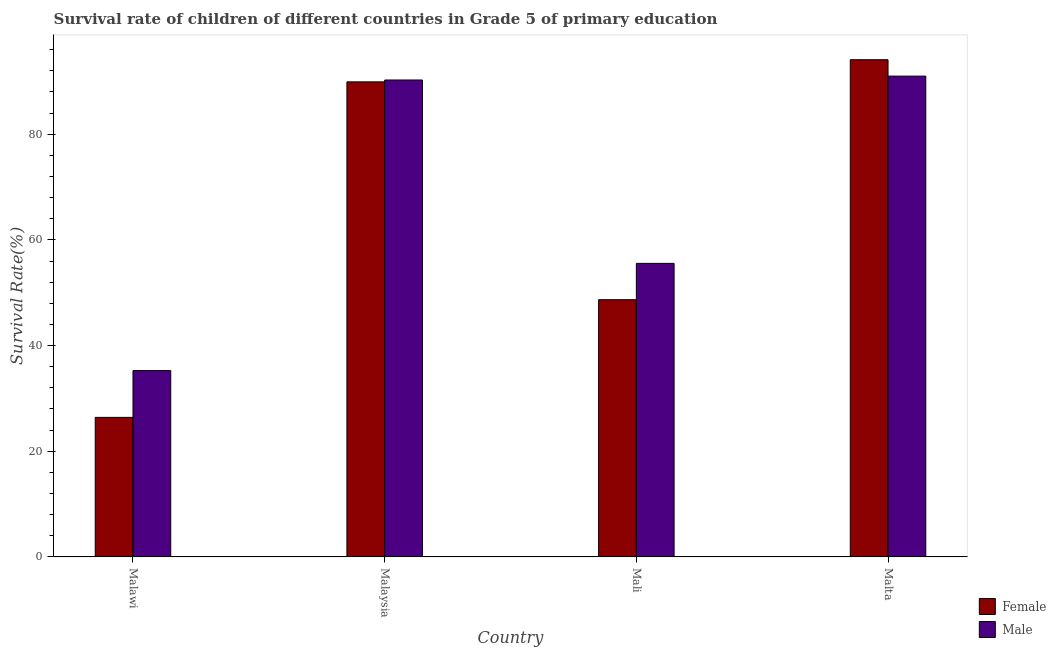
| Country | Female | Male |
 | --- | --- | --- |
 | Malawi | 26.4 | 35.3 |
 | Malaysia | 89.9 | 90.3 |
 | Mali | 48.7 | 55.6 |
 | Malta | 94.1 | 91 |